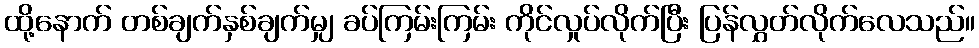
ထို့နောက် တစ်ချက်နှစ်ချက်မျှ ခပ်ကြမ်းကြမ်း ကိုင်လှုပ်လိုက်ပြီး ပြန်လွှတ်လိုက်လေသည်။